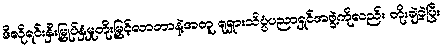
ဒီလိုရင်းနှီးမြှုပ်နှံမှုတိုးမြှင့်လာတာနဲ့အတူ ရုရှားသိပ္ပံပညာရှင်အဖွဲ့ကိုလည်း တိုးချဲ့ခဲ့ပြီး